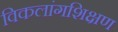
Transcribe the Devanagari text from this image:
विकलांगशिक्षण